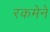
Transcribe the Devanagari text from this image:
रकमेने